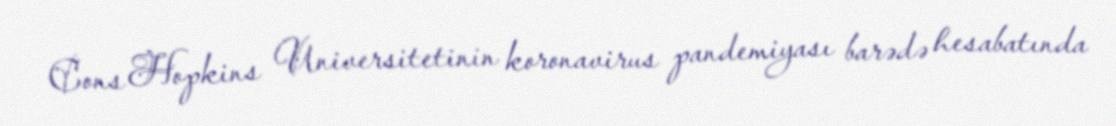
Cons Hopkins Universitetinin koronavirus pandemiyası barədə hesabatında